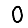
Digit: 0